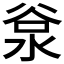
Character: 𣴲